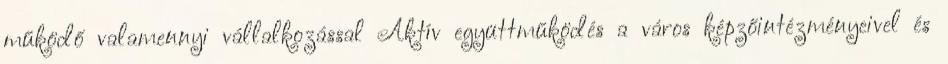
működő valamennyi vállalkozással Aktív együttműködés a város képzőintézményeivel és